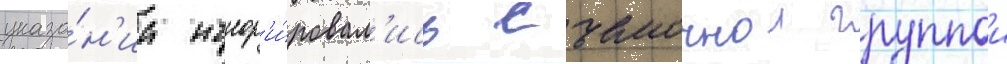
указа́н'иа игнор'и́ровал'ись съемочнои группои